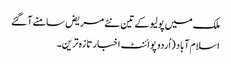
ملک میں پولیو کے تین نئے مریض سامنے آ گئے
اسلام آباد (اُردو پوائنٹ اخبار تازہ ترین۔